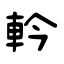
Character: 軡